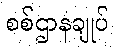
စစ်ဌာနချုပ်